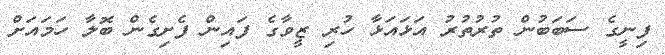
ފިނީގެ ސަބަބުން ތުރުތުރު އަޅައަޅާ ހުރި ޒީވާގެ ފައިން ފެށިގެން ބޮލާ ހަމައަށް